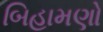
બિહામણો